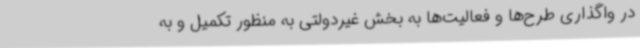
در واگذاری طرح‌ها و فعالیت‌ها به بخش غیردولتی به منظور تکمیل و به